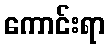
ကောင်းရာ